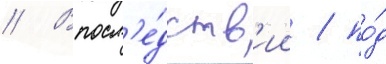
// Впосл'е́дств'ии / по́д